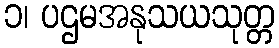
၁၊ ပဌမအနုသယသုတ္တ